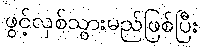
ဖွင့်လှစ်သွားမည်ဖြစ်ပြီး